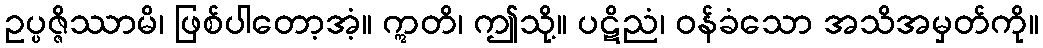
ဥပ္ပဇ္ဇိဿာမိ၊ ဖြစ်ပါတော့အံ့။ ဣတိ၊ ဤသို့။ ပဋိညံ၊ ဝန်ခံသော အသိအမှတ်ကို။